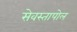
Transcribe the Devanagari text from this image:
सेवस्तापोल